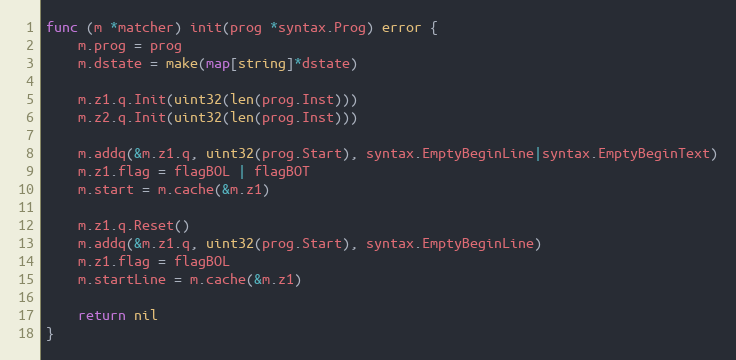
Language: Go
func (m *matcher) init(prog *syntax.Prog) error {
	m.prog = prog
	m.dstate = make(map[string]*dstate)

	m.z1.q.Init(uint32(len(prog.Inst)))
	m.z2.q.Init(uint32(len(prog.Inst)))

	m.addq(&m.z1.q, uint32(prog.Start), syntax.EmptyBeginLine|syntax.EmptyBeginText)
	m.z1.flag = flagBOL | flagBOT
	m.start = m.cache(&m.z1)

	m.z1.q.Reset()
	m.addq(&m.z1.q, uint32(prog.Start), syntax.EmptyBeginLine)
	m.z1.flag = flagBOL
	m.startLine = m.cache(&m.z1)

	return nil
}